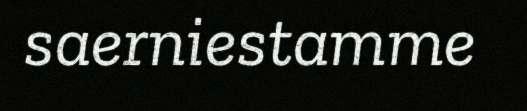
saerniestamme